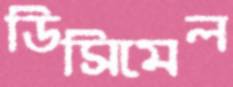
ডিসিমেল